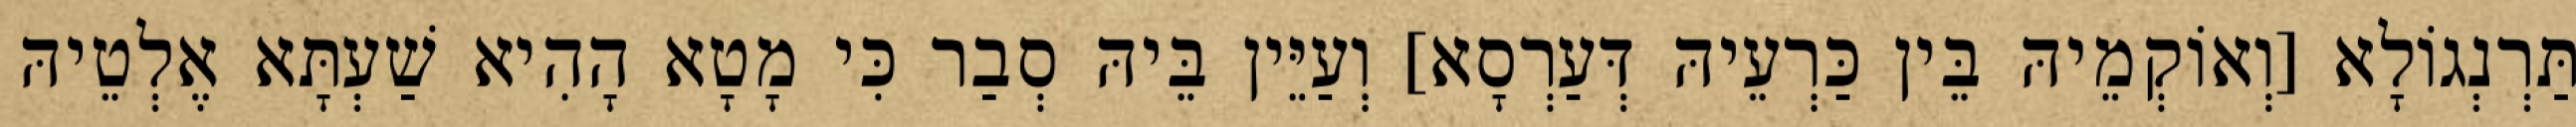
תַּרְנְגוֹלָא [וְאוֹקְמֵיהּ בֵּין כַּרְעֵיהּ דְּעַרְסָא] וְעַיֵּין בֵּיהּ סְבַר כִּי מָטָא הָהִיא שַׁעְתָּא אֶלְטֵיהּ